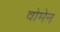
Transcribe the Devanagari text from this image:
वोमेन